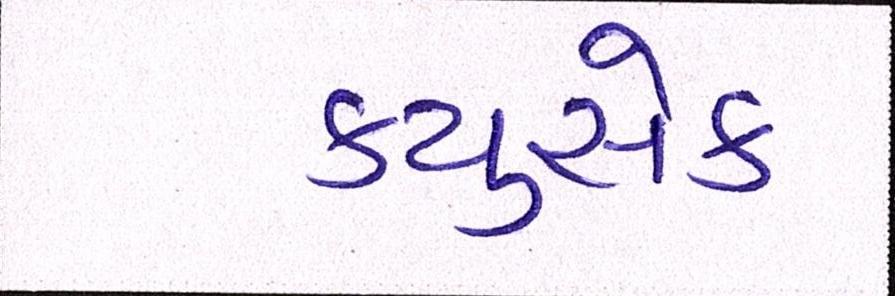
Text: ક્યુસેક